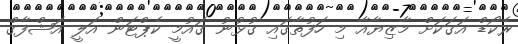
ރެކޯޑް އަގަކަށް މާޒިޔާއާ މި ހަފުތާގައި ގުޅުނު ގައުމީ ކެޕްޓަން އަލީ އަޝްފާގް